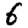
Digit: 6